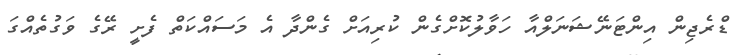
ޑްރެޖިން އިންޓަނޭޝަނަލްއާ ހަވާލުކޮށްގެން ކުރިއަށް ގެންދާ އެ މަސައްކަތް ފެށީ ރޭގެ ވަގުތެއްގަ